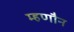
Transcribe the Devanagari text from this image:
म्हणौन